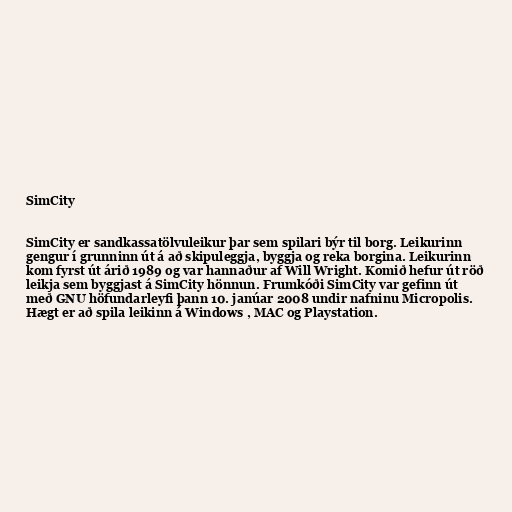
SimCity

SimCity er sandkassatölvuleikur þar sem spilari býr til borg. Leikurinn
gengur í grunninn út á að skipuleggja, byggja og reka borgina. Leikurinn
kom fyrst út árið 1989 og var hannaður af Will Wright. Komið hefur út röð
leikja sem byggjast á SimCity hönnun. Frumkóði SimCity var gefinn út
með GNU höfundarleyfi þann 10. janúar 2008 undir nafninu Micropolis.
Hægt er að spila leikinn á Windows , MAC og Playstation.